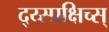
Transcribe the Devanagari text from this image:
द्य्स्प्रक्षिच्स्